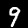
Digit: 9